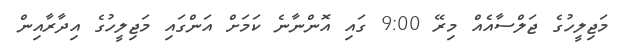
މަޖިލީހުގެ ޖަލްސާއެއް މިރޭ 9:00 ގައި އޮންނާނެ ކަމަށް އަންގައި މަޖިލީހުގެ އިދާރާއިން